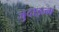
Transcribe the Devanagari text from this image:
जुदाइज्म